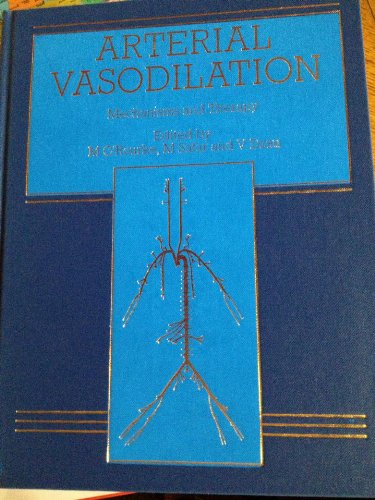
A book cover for Arterial Vasodilation: Mechanisms and Therapy; Michel E. Safar; Medical Books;